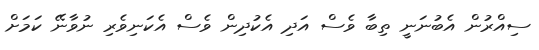
ސިއްރުން އެބުނަނީ ތިބާ ވެސް އަދި އެކުދިން ވެސް އެކަނިވެރި ނުވާނޭ ކަމަށް